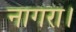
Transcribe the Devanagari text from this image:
नागरा।